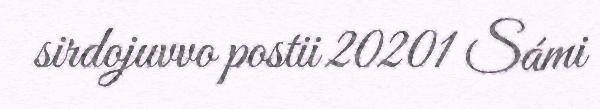
sirdojuvvo postii 20201 Sámi